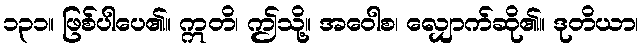
၁၃၁။ ဖြစ်ပါပေ၏။ ဣတိ၊ ဤသို့။ အဝေါစ၊ လျှောက်ဆို၏။ ဒုတိယာ၊